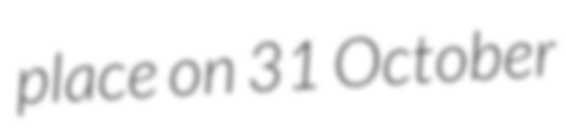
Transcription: place on 31 October